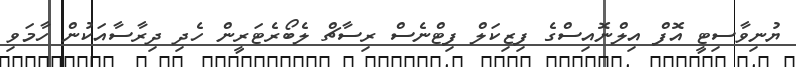
ޔުނިވާސިޓީ އޮފް އިލްނޮއިސްގެ ފިޒިކަލް ފިޓްނެސް ރިސާޗް ލެބޯރެޓަރީން ހެދި ދިރާސާއަކުން ހާމަވި